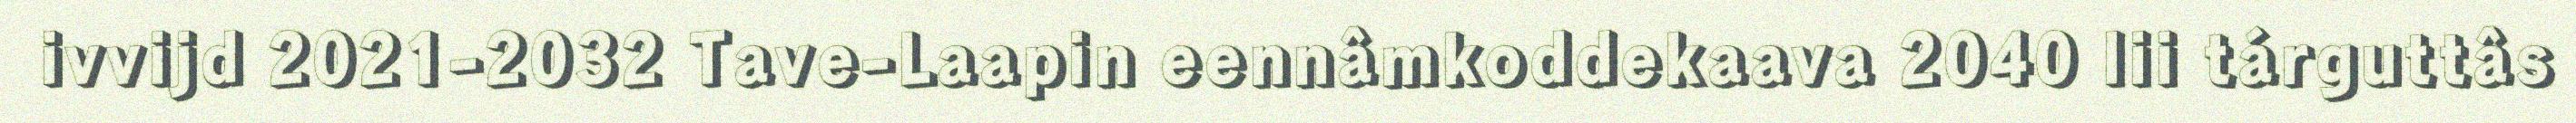
ivvijd 2021-2032 Tave-Laapin eennâmkoddekaava 2040 lii tárguttâs